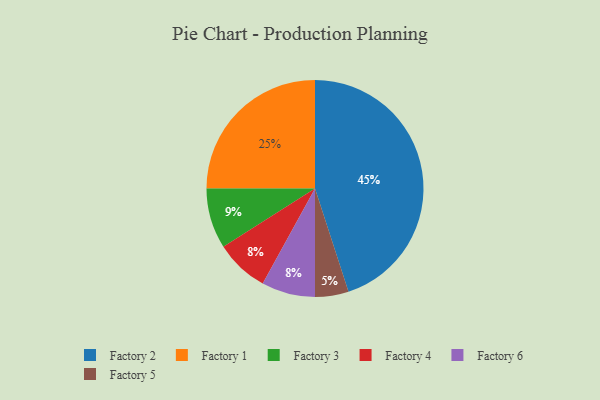
{"axis": {"x": "Category", "y": "Percentage"}, "legend": ["Factory 1", "Factory 2", "Factory 3", "Factory 4", "Factory 5", "Factory 6"], "data": [{"x": "Factory 1", "y": 25, "type": "Factory 1"}, {"x": "Factory 5", "y": 5, "type": "Factory 5"}, {"x": "Factory 4", "y": 8, "type": "Factory 4"}, {"x": "Factory 6", "y": 8, "type": "Factory 6"}, {"x": "Factory 2", "y": 45, "type": "Factory 2"}, {"x": "Factory 3", "y": 9, "type": "Factory 3"}]}